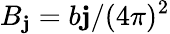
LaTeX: B_{\mathbf{j}}=b\mathbf{j}/(4\pi)^{2}